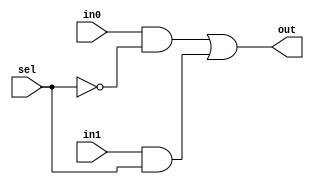
module mux2(input wire in0,
				  input wire in1,
				  input wire sel,
				  output wire out
				  );
assign out = (in0 & !sel) || (in1 & sel);
endmodule